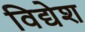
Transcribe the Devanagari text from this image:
विद्येश